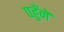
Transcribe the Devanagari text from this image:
पहुँने